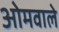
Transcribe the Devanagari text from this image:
ओमवाले